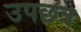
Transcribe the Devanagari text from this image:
उपछत्र